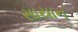
સાયાન